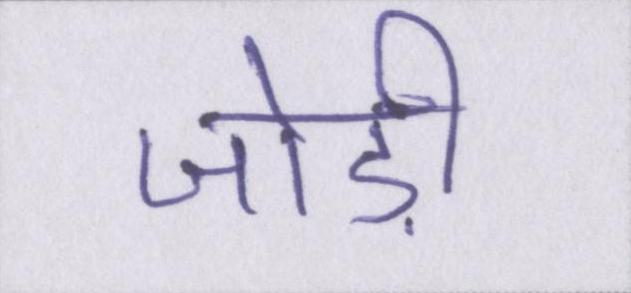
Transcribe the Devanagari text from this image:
जोड़ी